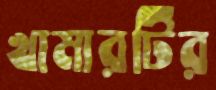
খামারটির